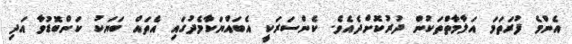
އެންމެ ފުރަތަމަ އަލާމާތްތަކުން ދުރުކޮށްދެއެވެ. ކެންސަރަކީ އެބައްޔަކާމެދުގައި އެތައް ބަޔަކު ކަންބޮޑުވާ އަދި